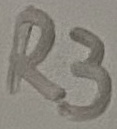
Text: R3